Civil Veterinary Dept. North-West Frontier Province 1923-32 - 1923-1932
Year: 1923
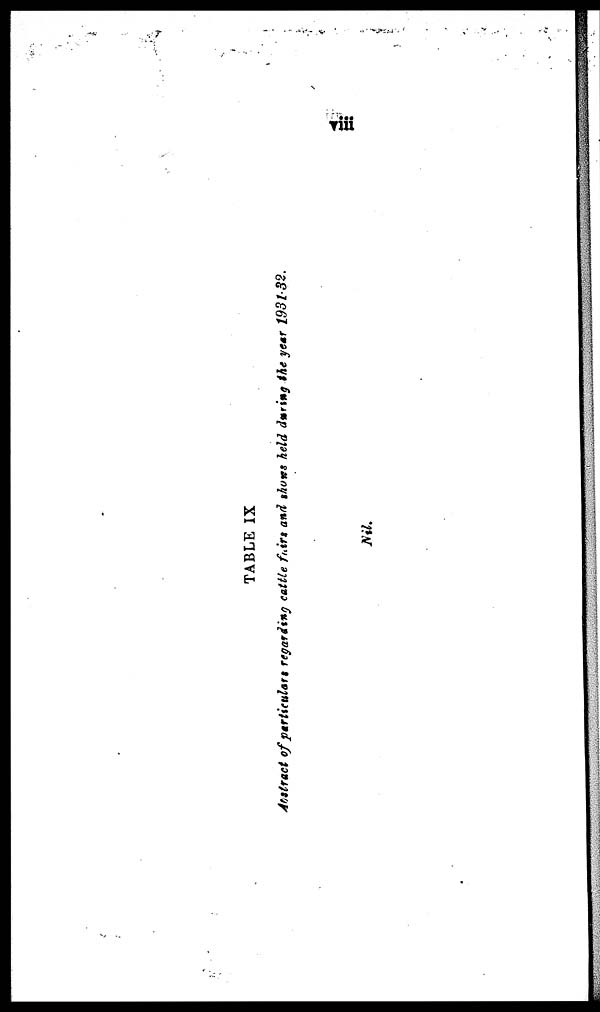
viii
TABLE IX
Abstract of particulars regarding cattle fairs and shows held during the year 1931-32.
Nil.